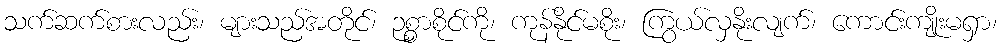
သက်ဆက်စားလည်း၊ များသည်အတိုင်၊ ဉစ္စာစိုင်ကို၊ ကုန်နိုင်မစိုး၊ ကြွယ်လှနိုးလျက်၊ ကောင်းကျိုးမရှာ၊